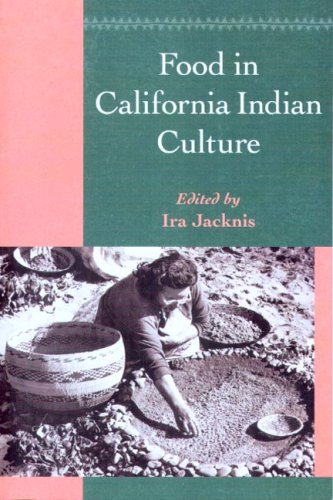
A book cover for Food in California Indian Culture (Classics in California Anthropology); Cookbooks, Food & Wine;